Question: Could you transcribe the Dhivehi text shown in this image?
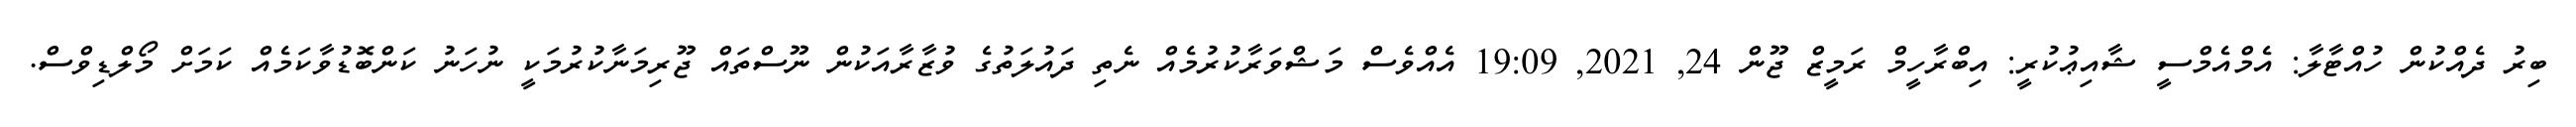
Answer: ބިރު ދެއްކުން ހުއްޓާލާ: އެމްއެމްސީ ޝާއިޢުކުރީ: އިބްރާހީމް ރަމީޒް ޖޫން 24, 2021, 19:09 އެއްވެސް މަޝްވަރާކުރުމެއް ނެތި ދައުލަތުގެ ވުޒާރާއަކުން ނޫސްތައް ޖޫރިމަނާކުރުމަކީ ނުހަނު ކަންބޮޑުވާކަމެއް ކަމަށް މޯލްޑިވްސް.